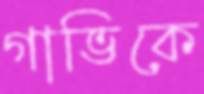
গাভিকে